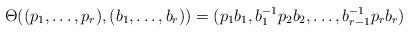
LaTeX: \begin{align*}\Theta((p_1,\dots,p_r) , (b_1,\dots,b_r))= (p_1b_1, b_1^{-1}p_2b_2,\dots, b_{r-1}^{-1}p_rb_r)\end{align*}